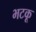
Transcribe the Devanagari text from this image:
भटकू